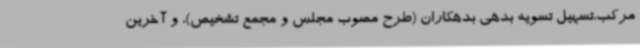
مرکب،تسهیل تسویه بدهی بدهکاران (طرح مصوب مجلس و مجمع تشخیص)، و آخرین